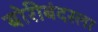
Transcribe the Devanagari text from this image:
बोरीबंदरला